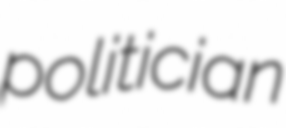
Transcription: politician